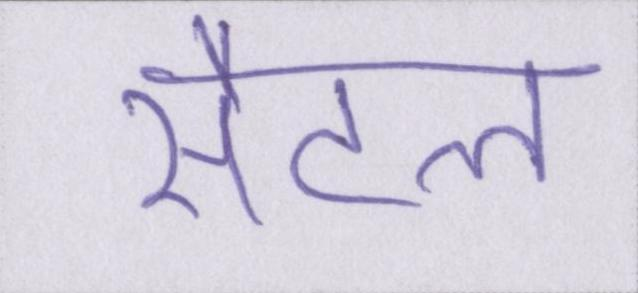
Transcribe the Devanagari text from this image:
सैटल